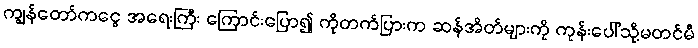
ကျွန်တော်ကငွေ အရေးကြီး ကြောင်းပြော၍ ကိုတက်ပြားက ဆန်အိတ်များကို ကုန်းပေါ်သို့မတင်မီ